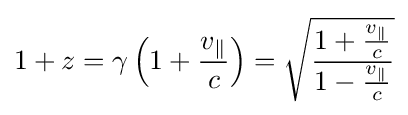
1+z=\gamma \left(1+{\frac {v_{\parallel }}{c}}\right)={\sqrt {\frac {1+{\frac {v_{\parallel }}{c}}}{1-{\frac {v_{\parallel }}{c}}}}}